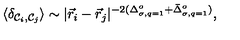
\langle \delta _ { { \cal { C } } _ { i } , { \cal { C } } _ { j } } \rangle \sim | { \vec { r } } _ { i } - { \vec { r } } _ { j } | ^ { - 2 ( \Delta _ { \sigma , q = 1 } ^ { o } + { \bar { \Delta } } _ { \sigma , q = 1 } ^ { o } ) } ,